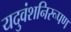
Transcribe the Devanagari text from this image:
यदुवंशनिरूपण